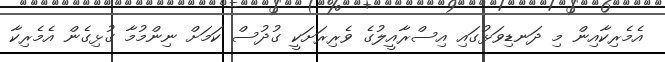
އެމެރިކާއިން މި ދަނޑިވަޅުގައި އިސްރާއީލުގެ ވެރިރަށަކީ ގުދުސް ކަމަށް ނިންމުމާ ގުޅިގެން އެމެރިކާ